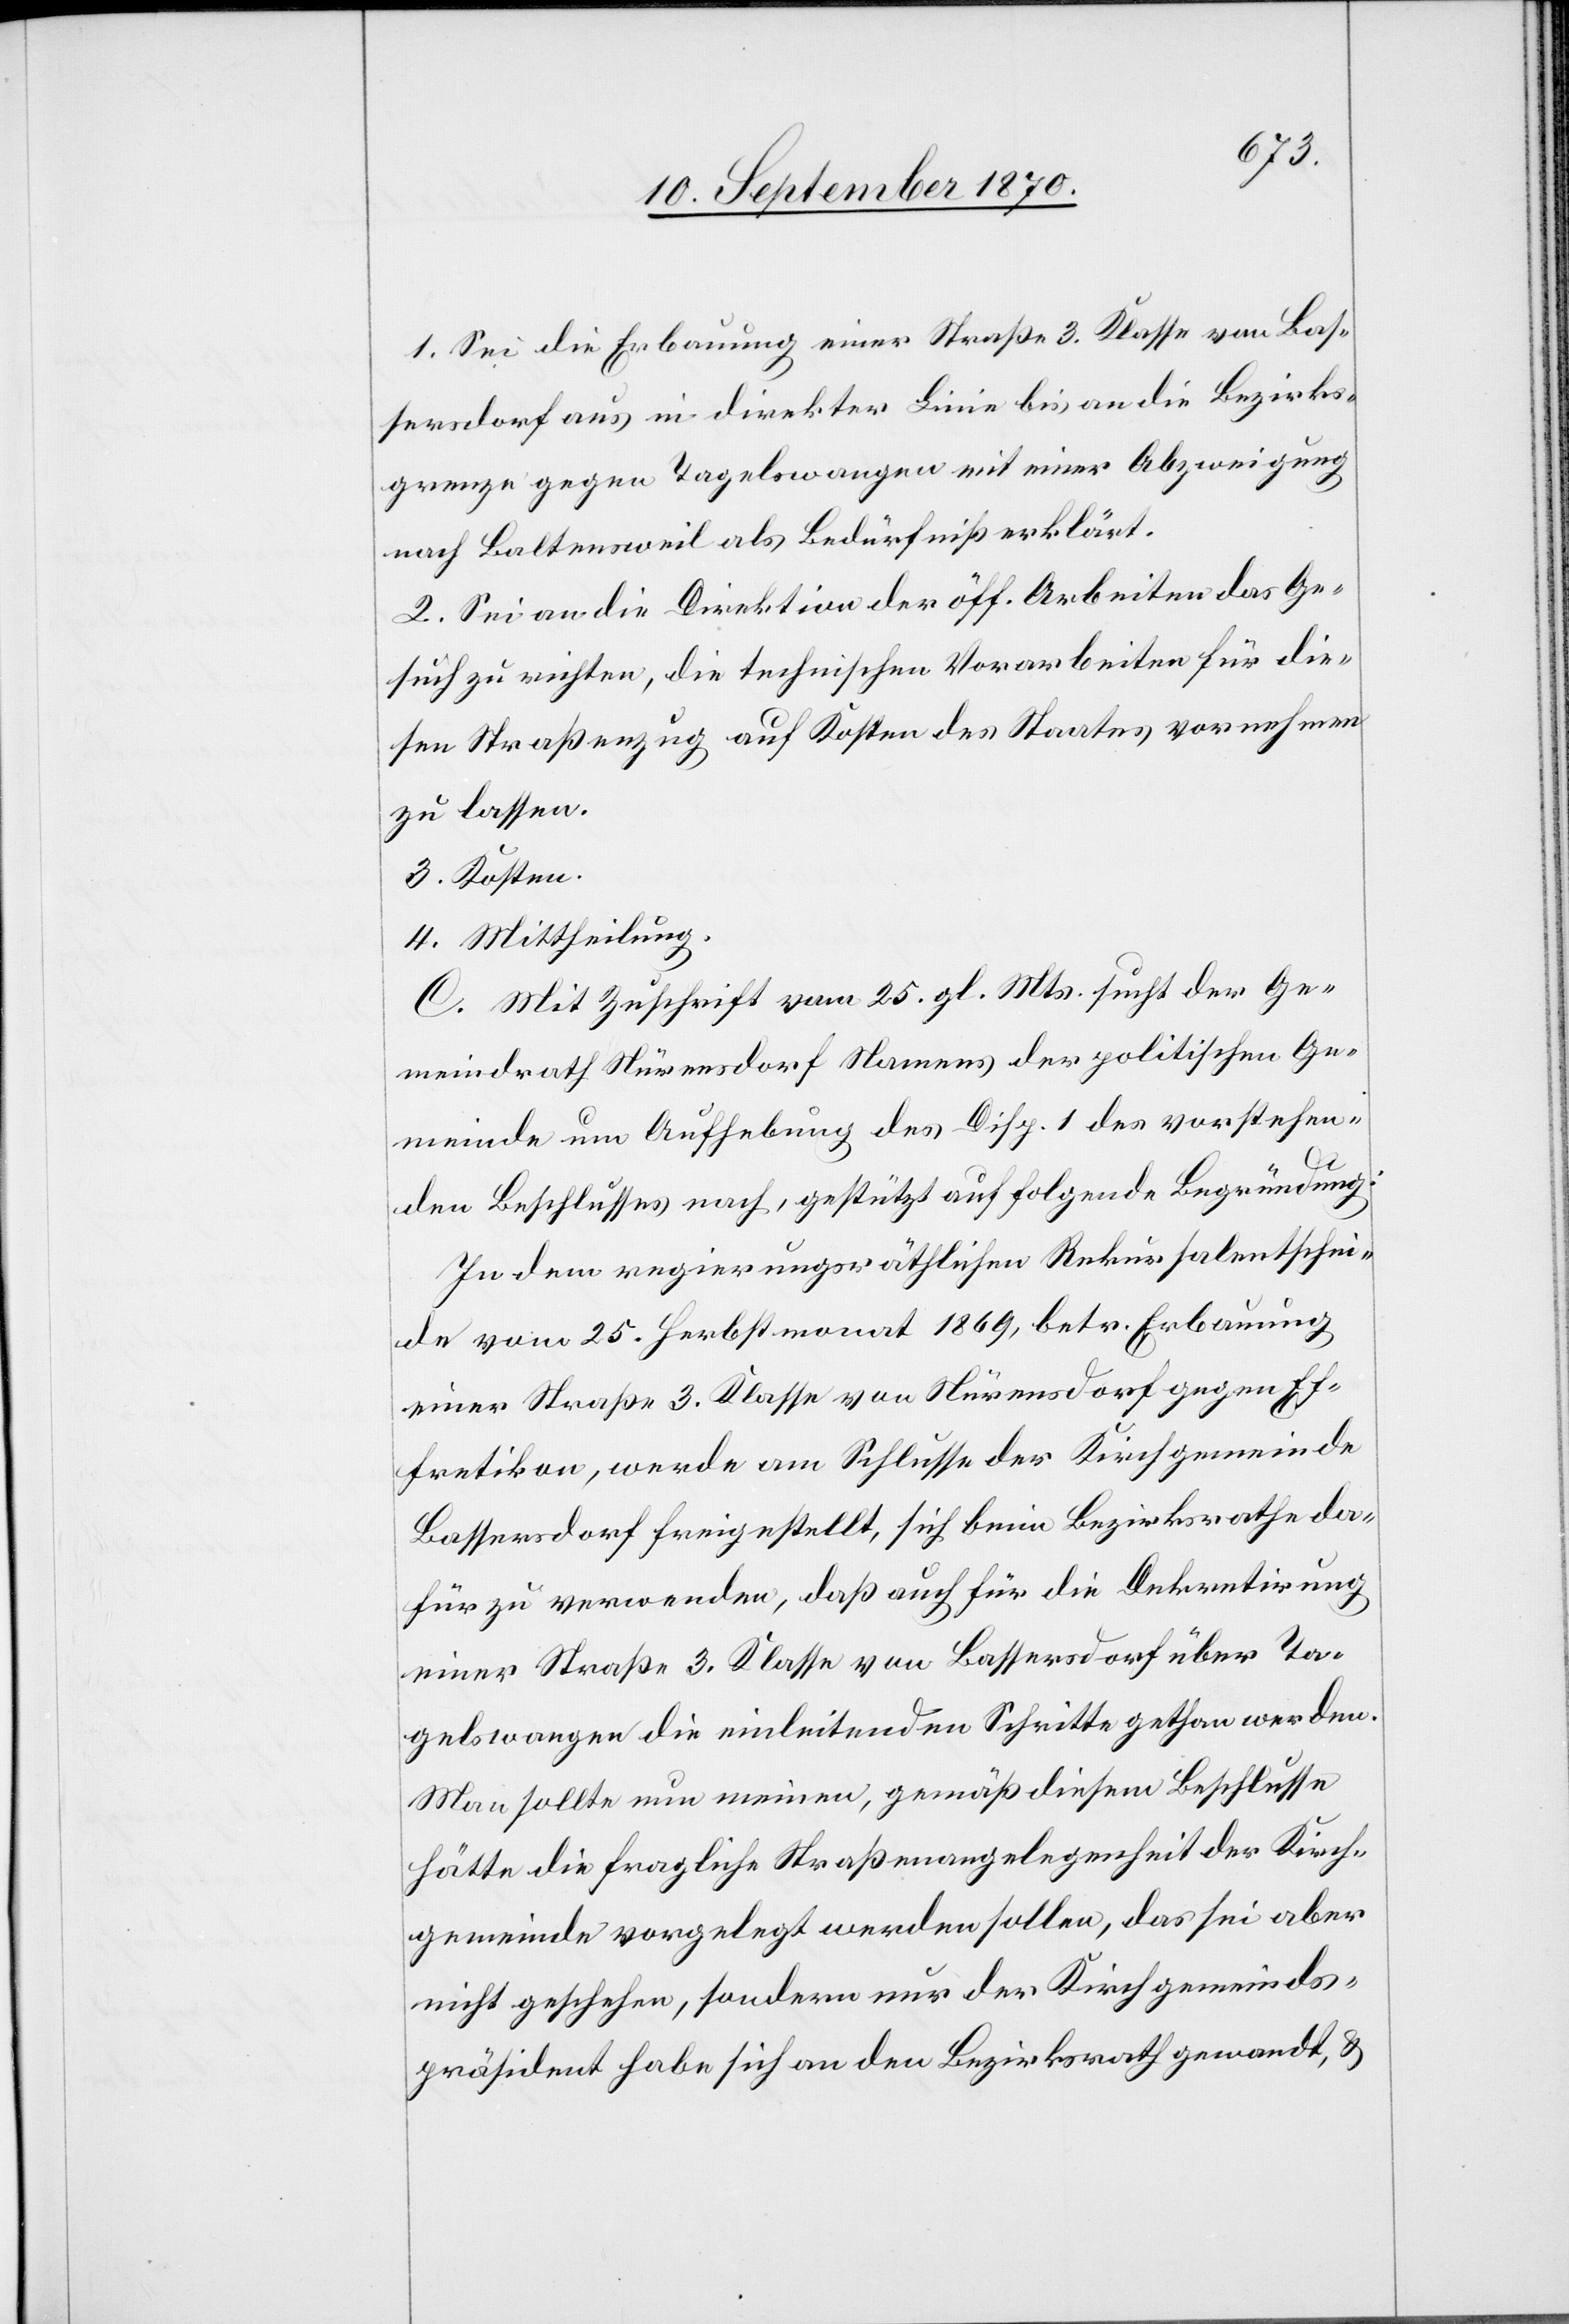
1. Sei die Erbauung einer Straße 3. Klasse von Bas¬
sersdorf aus in direkter Linie bis an die Bezirks¬
grenze gegen Tagelswangen mit einer Abzweigung
nach Baltensweil als Bedürfniß erklärt.
2. Sei an die Direktion der öff. Arbeiten das Ge¬
such zu richten, die technischen Vorarbeiten für die¬
sen Straßenzug auf Kosten des Staates vornehmen
zu lassen.
3. Kosten.
4. Mittheilung.
C. Mit Zuschrift vom 25. gl. Mts. sucht der Ge¬
meindrath Nürensdorf Namens der politischen Ge¬
meinde um Aufhebung des Disp. 1 des vorstehen¬
den Beschlusses nach, gestützt auf folgende Begründung:
In dem regierungsräthlichen Rekursalentschei¬
de vom 25. Herbstmonat 1869, betr. Erbauung
einer Straße 3. Klasse von Nürensdorf gegen Ef¬
fretikon, werde am Schlusse der Kirchgemeinde
Bassersdorf freigestellt, sich beim Bezirksrathe da¬
für zu verwenden, daß auch für die Dekretierung
einer Straße 3. Klasse von Bassersdorf über Ta¬
gelswangen die einleitenden Schritte gethan werden.
Man sollte nun meinen, gemäß diesem Beschlusse
hätte die fragliche Straßenangelegenheit der Kirch¬
gemeinde vorgelegt werden sollen, das sei aber
nicht geschehen, sondern nur der Kirchgemeinds¬
präsident habe sich an den Bezirksrath gewandt, &